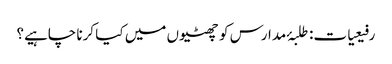
رفیعیات: طلبۂ مدارس کو چھٹیوں میں کیا کرنا چاہیے؟